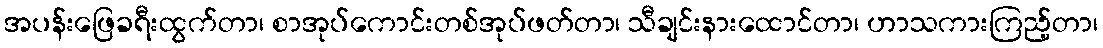
အပန်းဖြေခရီးထွက်တာ၊ စာအုပ်ကောင်းတစ်အုပ်ဖတ်တာ၊ သီချင်းနားထောင်တာ၊ ဟာသကားကြည့်တာ၊